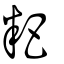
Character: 粑